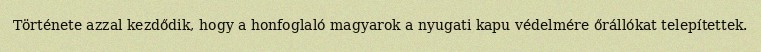
Története azzal kezdődik, hogy a honfoglaló magyarok a nyugati kapu védelmére őrállókat telepítettek.